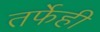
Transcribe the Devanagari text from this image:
तर्फेही